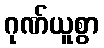
ဂုဏ်ယူစွာ